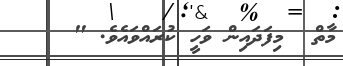
މާތް  މިފަދައިން ވަހީ ކުރައްވައެވެ. "